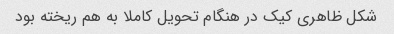
شکل ظاهری کیک در هنگام تحویل کاملا به هم ریخته بود